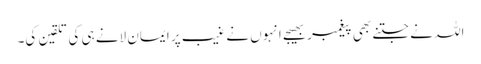
اللہ نے جتنے بھی پیغمبر بھیجے انہوں نے غیب پر ایمان لانے ہی کی تلقین کی۔